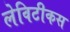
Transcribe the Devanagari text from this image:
लेविटीकस